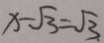
x - \sqrt { 3 } = \sqrt { 3 . }